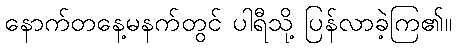
နောက်တနေ့မနက်တွင် ပါရီသို့ ပြန်လာခဲ့ကြ၏။